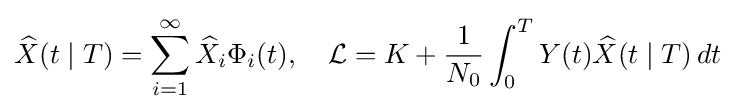
{\widehat {X}}(t\mid T)=\sum _{i=1}^{\infty }{\widehat {X}}_{i}\Phi _{i}(t),\quad {\mathcal {L}}=K+{\frac {1}{N_{0}}}\int _{0}^{T}Y(t){\widehat {X}}(t\mid T)\,dt